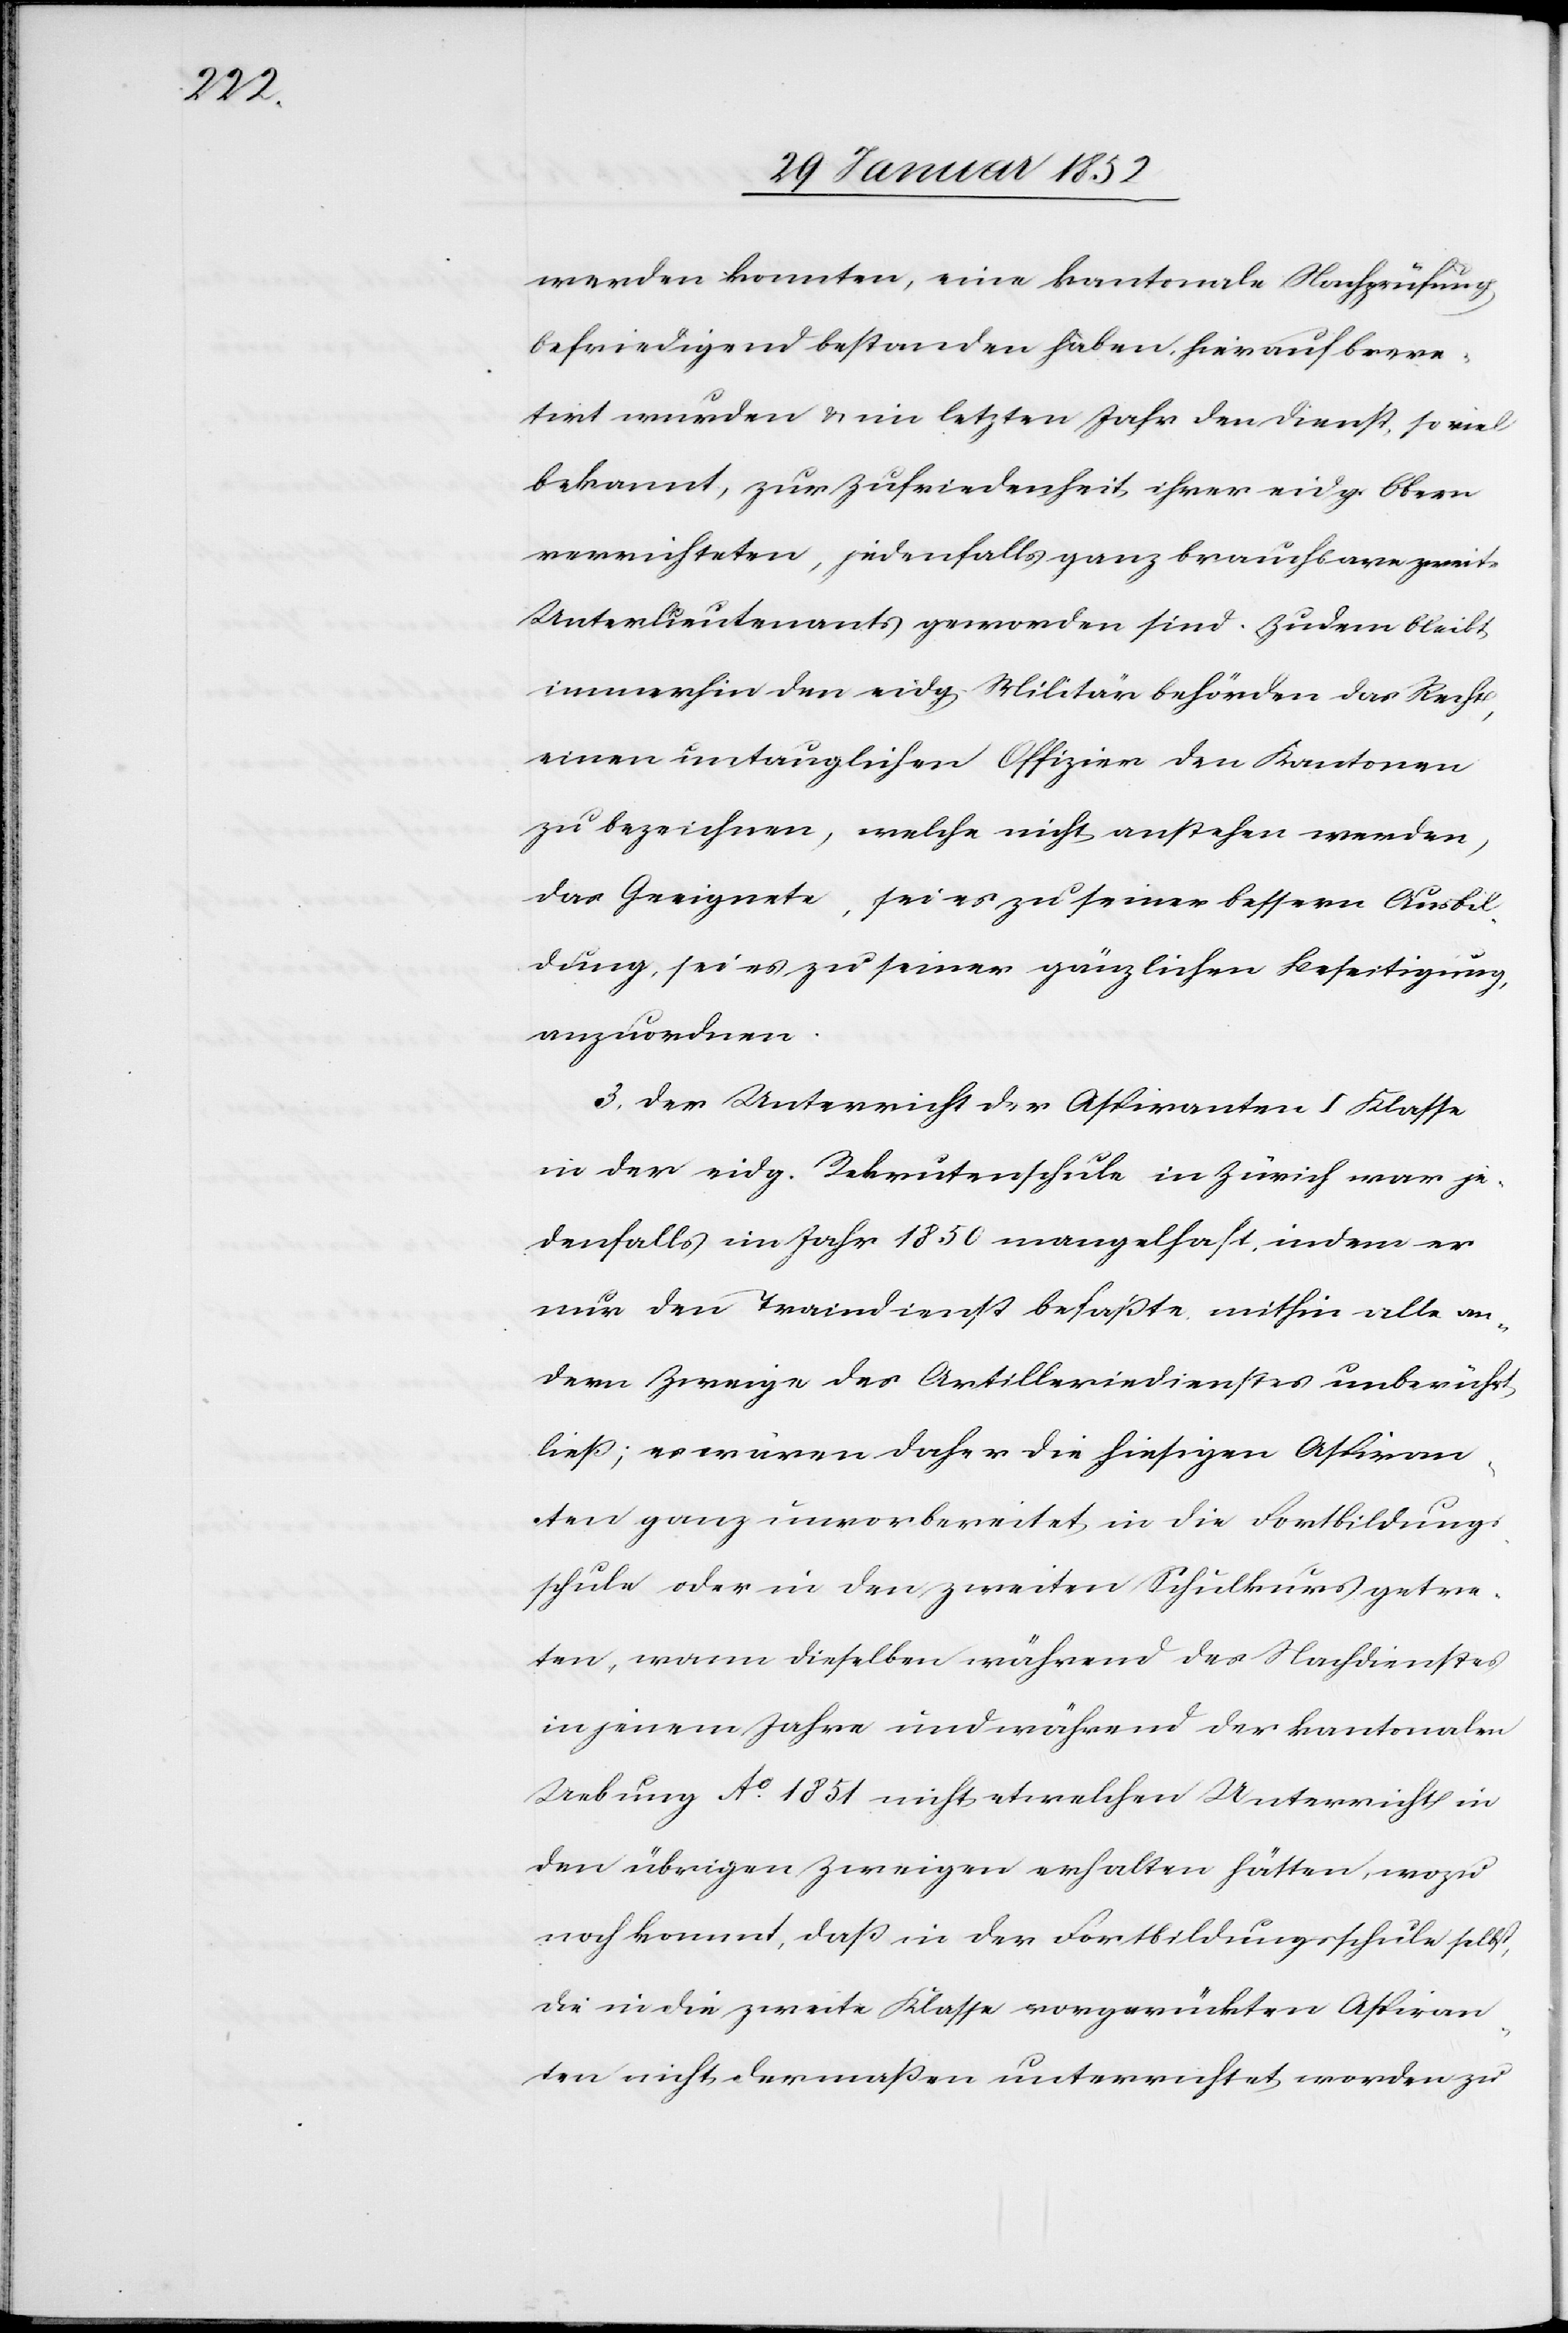
werden konnten, eine kantonale Nachprüfung,
befriedigend bestanden haben, hierauf breve¬
tirt wurden u. im letzten Jahr den Dienst, so viel
bekannt, zur Zufriedenheit ihrer eidg. Obern
verrichteten, jedenfalls ganz brauchbare zweite
Unterleutnants geworden sind. Zudem bleibt
immerhin den eidg. Militärbehörden das Recht,
einen untauglichen Offizier den Kantonen
zu bezeichnen, welche nicht anstehen werden,
das Geeignete, sei es zu seiner bessern Ausbil¬
dung, sei es zu seiner gänzlichen Beseitigung,
anzuordnen.
3. Der Unterricht der Aspiranten I Klasse
in der eidg. Rekrutenschule in Zürich war je¬
denfalls im Jahr 1850 mangelhaft, indem es
nur den Traindienst befaßte mithin alle an¬
dern Zweige des Artilleriedienstes unberückt
ließ; es waren daher die hiesigen Aspiran¬
ten ganz unvorbereitet in die Fortbildungs¬
schule oder in den zweiten Schulkurs getre¬
ten, wann dieselben während des Nachdienstes
in jenem Jahre und während der kantonalen
Uebung Ao. 1851 nicht etwelchen Unterricht in
den übrigen Zweigen erhalten hätten, wozu
noch kommt, daß in der Fortbildungsschule selbst,
die in die zweite Klasse vorgerückten Aspiran¬
ten nicht dermaßen unterrichtet worden zu